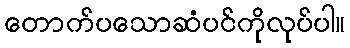
တောက်ပသောဆံပင်ကိုလုပ်ပါ။